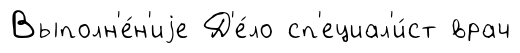
Выполн'е́н'иjе Д'е́ло сп'ециал'и́ст врач